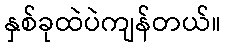
နှစ်ခုထဲပဲကျန်တယ်။